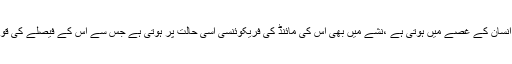
‘‘کیونکہ جو حالت انسان کے غصے میں ہوتی ہے ،نشے میں بھی اس کی مائنڈ کی فریکوئنسی اسی حالت پر ہوتی ہے جس سے اس کے فیصلے کی قوت ختم ہوجاتی ہے۔